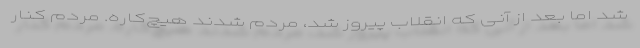
شد اما بعد از آنی که انقلاب پیروز شد، مردم شدند هیچ‌کاره. مردم کنار